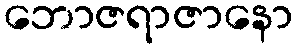
ဘောဇရာဇာနော